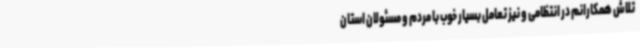
تلاش همکارانم در انتظامی و نیز تعامل بسیار خوب با مردم و مسئولان استان